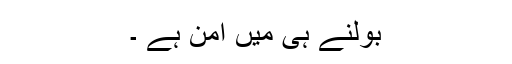
بولنے ہی میں امن ہے ۔